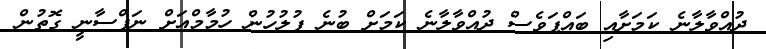
ދުއްވާލާނެ ކަމަށާއި ބައްޕަވެސް ދުއްވާލާނެ ކަމަށް ބުނެ ފުލުހުން ހުމާމްއަށް ނަފްސާނީ ގޮތުން